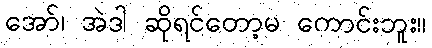
အော်၊ အဲဒါ ဆိုရင်တော့မ ကောင်းဘူး။